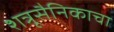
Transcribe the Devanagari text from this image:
शत्रूसैनिकाचा